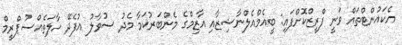
އެކައުންޓްތައް ވަނީ ފްރީޒްކޮށްފައި: ބީއެމްއެލްނާޝިޒާއި އާޒިމްގެ މެންބަރުކަމާ މެދު ސުވާލު އުފެދޭ ހާލަތެއްސުޕްރީމް